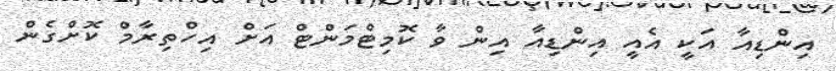
އިންޑިއާ އަކީ އެއީ އިންޑިއާ އިން ވާ ކޮމިޓްމަންޓް އަށް އިހްތިރާމް ކޮށްގެން